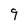
Character: 9